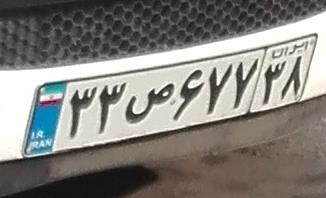
۳۳ص۶۷۷۳۸